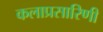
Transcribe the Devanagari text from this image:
कलाप्रसारिणी